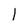
Character: l